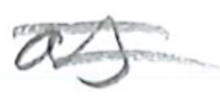
Text: as
Cross-out: double-line
Writing tool: pencil